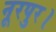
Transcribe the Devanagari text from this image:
नूरपुर।